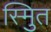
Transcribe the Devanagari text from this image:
स्मुित